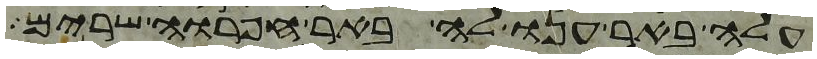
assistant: עלה באר ענו לה באר חפרוה שרים